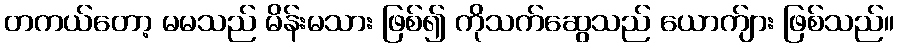
တကယ်တော့ မမသည် မိန်းမသား ဖြစ်၍ ကိုသက်ဆွေသည် ယောက်ျား ဖြစ်သည်။